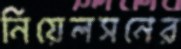
নিয়েলসনের